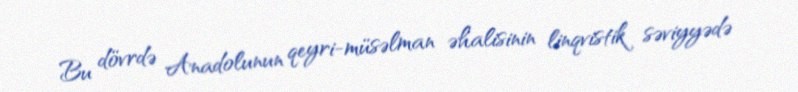
Bu dövrdə Anadolunun qeyri-müsəlman əhalisinin linqvistik səviyyədə